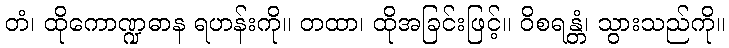
တံ၊ ထိုကောဏ္ဍဓာန ရဟန်းကို။ တထာ၊ ထိုအခြင်းဖြင့်။ ဝိစရန္တံ၊ သွားသည်ကို။